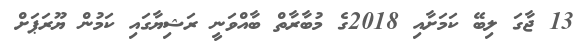
13 ޖާގަ ލިބޭ ކަމަށާއި 2018ގެ މުބާރާތް ބާއްވަނީ ރަޝިޔާގައި ކަމުން ޔޫރަޕަށް